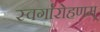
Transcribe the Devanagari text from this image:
स्वर्गारोहणम्